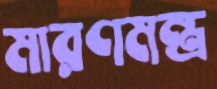
মারণমন্ত্র